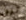
ترن